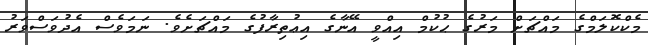
މެކްކޮލަމްގެ މައްޗަށް މަރުގެ ޙުކުމް އިއްވީ އޭނާގެ އިޢުތިރާފުގެ މައްޗަށެވެ. ނަމަވެސް އެދުވަސްވަރު